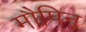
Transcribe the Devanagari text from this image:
मौपिन